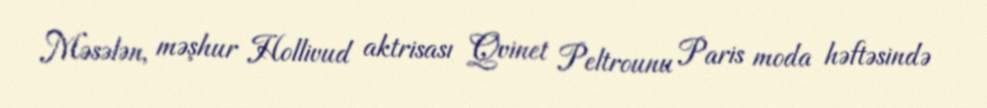
Məsələn, məşhur Hollivud aktrisası Qvinet Peltrounu Paris moda həftəsində